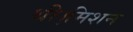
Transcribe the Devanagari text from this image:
थी।मिशन